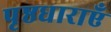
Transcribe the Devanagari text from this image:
पृष्ठधाराएँ